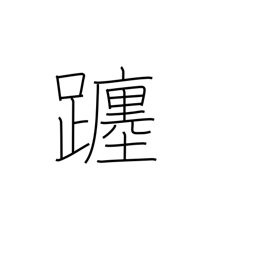
Meaning: movement of the sun/moon through the heavens